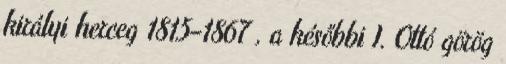
királyi herceg 1815–1867 , a későbbi I. Ottó görög